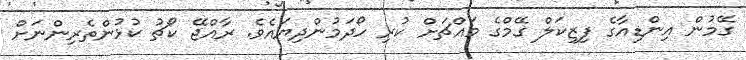
ގޭމުން އިންޑިއާގެ ފިޒިކަލް ގޭމްގެ މައްޗަަށް ކުރި ހޯދަމުންދިޔައެވެ. ރާއްޖޭ ކޯޗު ކުޅުންތެރިންނަށް